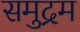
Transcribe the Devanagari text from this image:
समुद्रम